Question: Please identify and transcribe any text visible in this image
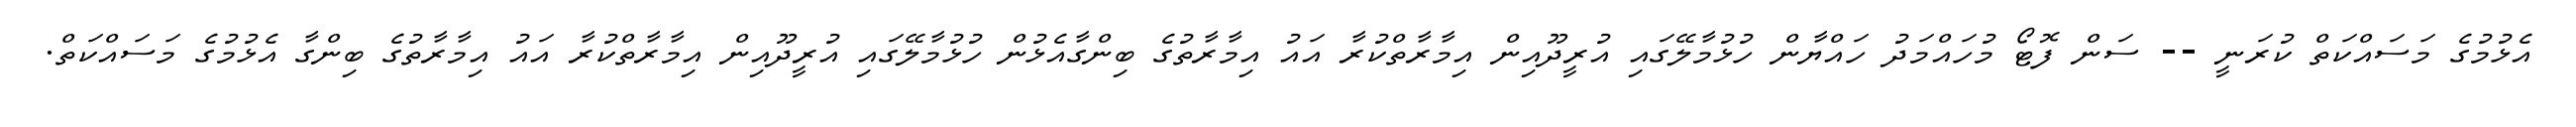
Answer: އެޅުމުގެ މަސައްކަތް ކުރަނީ -- ސަން ފޮޓޯ މުހައްމަދު ހައްޔާން ހުޅުމާލޭގައި އުރީދޫއިން އިމާރާތްކުރާ އައު އިމާރާތުގެ ބިންގާއެޅުން ހުޅުމާލޭގައި އުރީދޫއިން އިމާރާތްކުރާ އައު އިމާރާތުގެ ބިންގާ އެޅުމުގެ މަސައްކަތް.